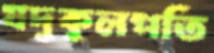
যদুকুলপতি